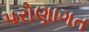
પરોણાગત